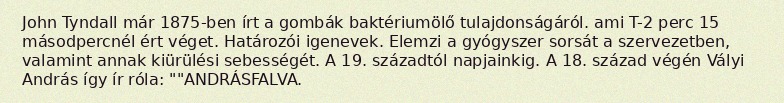
John Tyndall már 1875-ben írt a gombák baktériumölő tulajdonságáról. ami T-2 perc 15 másodpercnél ért véget. Határozói igenevek. Elemzi a gyógyszer sorsát a szervezetben, valamint annak kiürülési sebességét. A 19. századtól napjainkig. A 18. század végén Vályi András így ír róla: ""ANDRÁSFALVA.